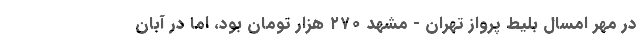
در مهر امسال بلیط پرواز تهران - مشهد ۲۷۰ هزار تومان بود،‌ اما در آبان